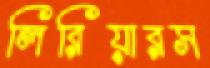
লিরিয়ারস